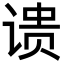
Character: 𬤉